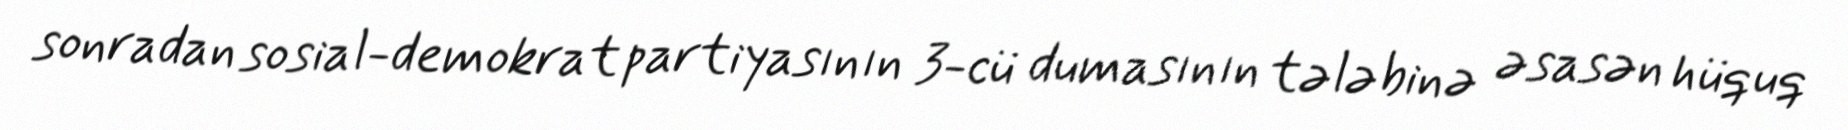
sonradan sosial-demokrat partiyasının 3-cü dumasının tələbinə əsasən hüquq